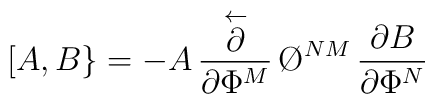
[ A, B \} = - A \,{\stackrel{\leftarrow}{\partial}\over \partial  \Phi^M} \, \O^{N M} \, {{\partial B}\over \partial \Phi^N}